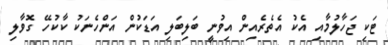
ޓަކި ޖަހާލުމާއި އެކު އެތެރެއިން އިވުނީ ބަލިބަލި އަޑަކުން އަންހެނަކު ކާކުހޭ ގޮވާލި